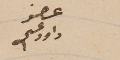
عضو داود عسى